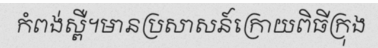
កំពង់ស្ពឺ។មានប្រសាសន៍ក្រោយពិធីក្រុង